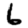
Digit: 6